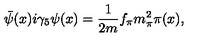
\bar { \psi } ( x ) i \gamma _ { 5 } \psi ( x ) = \frac { 1 } { 2 m } f _ { \pi } m _ { \pi } ^ { 2 } \pi ( x ) ,